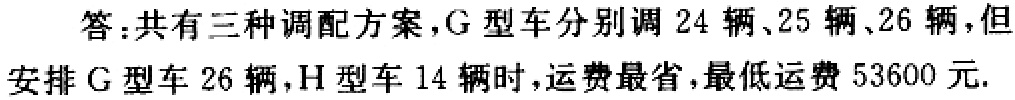
答：共有三种调配方案，\(G\)型车分别调\(24\)辆、\(25\)辆、\(26\)辆，但安排\(G\)型车\(26\)辆，\(H\)型车\(14\)辆时，运费最省，最低运费\(53600\)元.